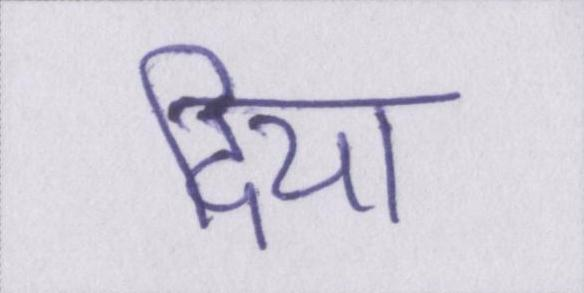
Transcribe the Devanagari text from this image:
दिया